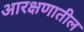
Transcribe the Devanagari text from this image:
आरक्षणातील